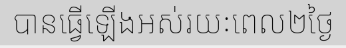
បានធ្វើឡើងអស់រយៈពេល២ថ្ងៃ